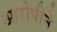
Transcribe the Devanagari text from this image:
आरोपीने